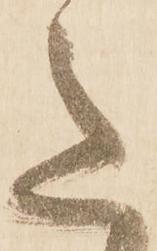
意